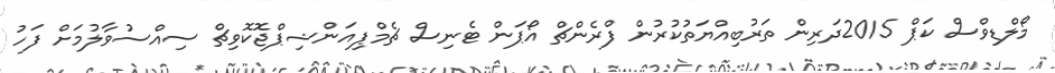
މޯލްޑިވްސް ކަޕް 2015ދަރިން ތަރުބިއްޔަތުކުރުން ފްރެންޗް އޯޕަން ޓެނިސް ޗެމްޕިއަންޝިޕްޖޮކޮވިޗް ސިއްސުވާލުމަށް ފަހު